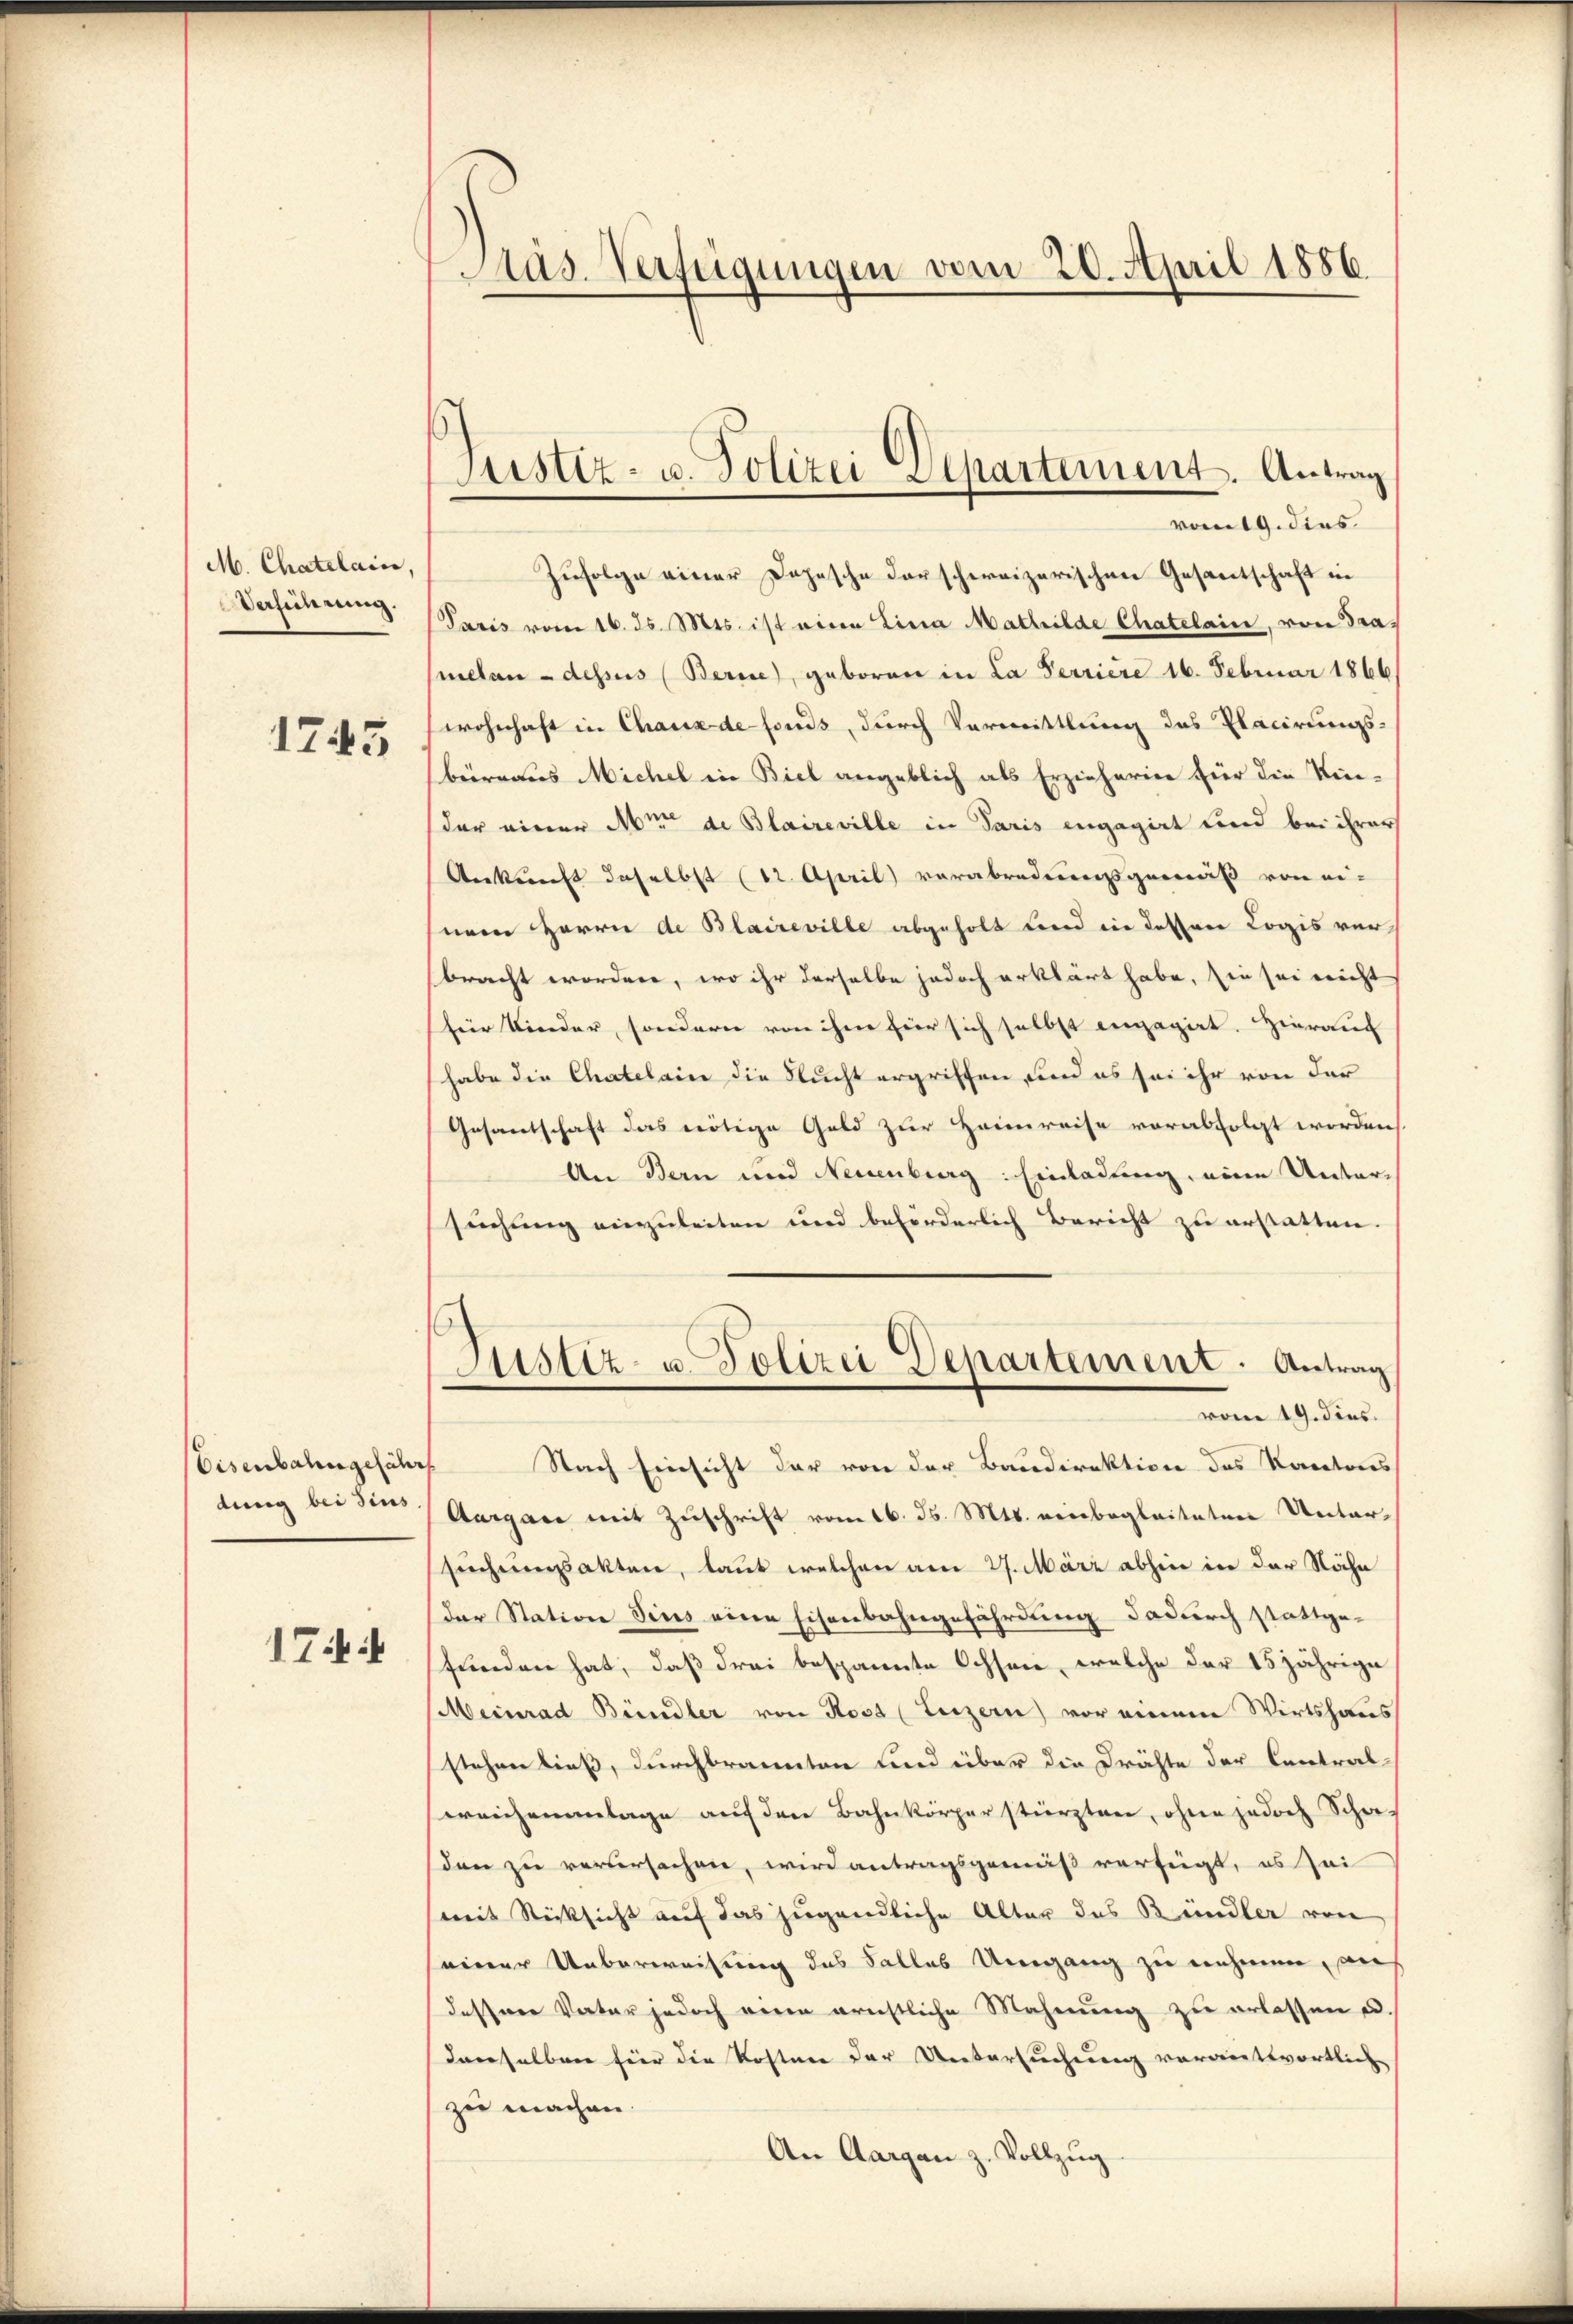
M. Chatelain,
Verführung.
1745

Eisenbahngefährt
dung bei dies
174 f

Pas. Verfügungen vom 20. April 1886.

Justiz- u. Polizei Separtement. Antrag
vom 19. dies

Zufolge einer Depesche darschweizerischen Gesantschaft in
Paris vom 16. ds. Mts. ist eine Lina Mathilde Chatelain, von Tranellen - dessus (Berne), geboren in La Ferriere 16. Februar 1866
wohnhaft in Chaux de fonds, durch Vormittlung des Placirungs-
büreaus Michel in Biel angeblich als Erzieherien für die Kin-
der einer Mit de Blaireville in Paris engagirt und bei ihrer
Ankunft daselbst (12. April verabredungsgemäß von ei-
nem Herrn de Blaireville abgeholt und in dessen Logis verbracht worden, wo ihr derselbe jedoch erklärt habe, sie sei nicht
für Kinder, sondern von ihm hier sich selbst engagiet. Hierauf
habe die Chatelain die Flucht ergriffen, und es sei ihr von der
Gesantschaft das nötige Geld zur Heimreise vorabfolgt worden,
An Bern und Neuenburg: Einladung, eine Unter-
suchung einzuleiten und beförderlich Bericht zu erstatten.
Justiz- u. Polizei Departement. Antrag
vom 19. dies
Nach Einsicht der von der Baudirektion des Kantons
Aargare mit Zuschrift vom 16. d. Mts. neinbegleiteten Untersuchungsakten, laut welchen am 27. März abhin in der Nähe
der Station dies eine Eisenbahngefährdung dadurch stattge-
funden hat, daß drei bespannte Ochsen, welche der 15jährige
Meinrad Bündler von Rost (Luzern vor einem Wirtshaus
stehen ließ, durchbrannten und über die Drähte der Central-
weichenanlage auf den Bahnkörper stürzten, ohne jedoch Schaden zu verbersachen, wird antragsgemäß verfügt, es sei
(mit Rücksicht auf das jugendliche Alter das Bündler von
einer Ueberweisung des Falles Umgang zu nehmen, auf
dessner Vater jedoch wenn ernstliche Mahnung zu erlassen u.
denselben für die Kosten der Untersuchung vorantwortlich
zu machen.
An Aargau z. Vollzŭg